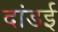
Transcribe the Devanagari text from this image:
दांडई